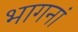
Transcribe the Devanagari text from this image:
भागनां